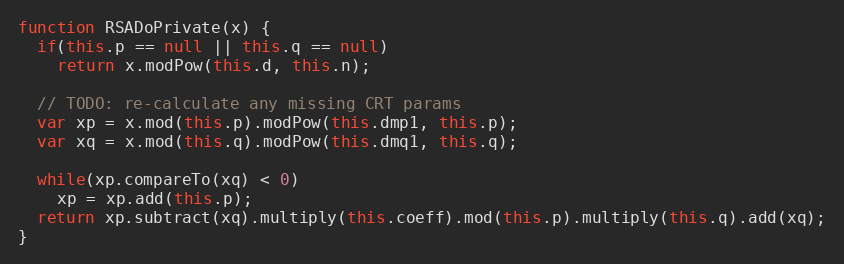
Language: JavaScript
function RSADoPrivate(x) {
  if(this.p == null || this.q == null)
    return x.modPow(this.d, this.n);

  // TODO: re-calculate any missing CRT params
  var xp = x.mod(this.p).modPow(this.dmp1, this.p);
  var xq = x.mod(this.q).modPow(this.dmq1, this.q);

  while(xp.compareTo(xq) < 0)
    xp = xp.add(this.p);
  return xp.subtract(xq).multiply(this.coeff).mod(this.p).multiply(this.q).add(xq);
}